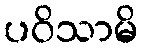
ပဝိသာမိ